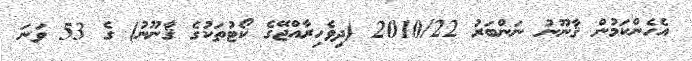
އެހެންކަމުން ޤާނޫނު ނަންބަރު 2010/22 (ދިވެހިރާއްޖޭގެ ކޯޓުތަކުގެ ޤާނޫނު) ގެ 53 ވަނަ